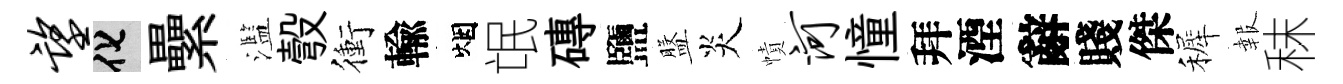
望化纍濫彀衝輸烟氓磚鹽盤炎幘河憧拜湮辭賤傑裤報秣